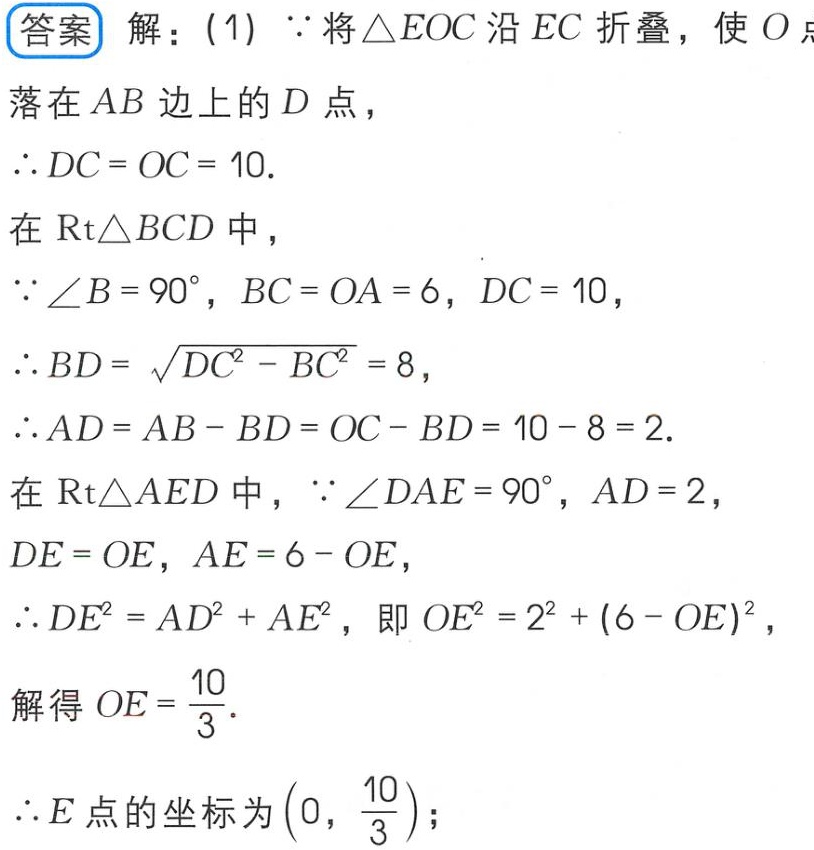
\begin{answer}解：(1) $\because$将$\triangle EOC$沿$EC$折叠，使$O$点落在$AB$边上的$D$点，
$\therefore DC = OC = 10$.
在$\mathrm{Rt}\triangle BCD$中，
$\because\angle B = 90^{\circ}$，$BC = OA = 6$，$DC = 10$，
$\therefore BD=\sqrt{DC^{2}-BC^{2}} = 8$，
$\therefore AD = AB - BD = OC - BD = 10 - 8 = 2$.
在$\mathrm{Rt}\triangle AED$中，$\because\angle DAE = 90^{\circ}$，$AD = 2$，$DE = OE$，$AE = 6 - OE$，
$\therefore DE^{2}=AD^{2}+AE^{2}$，即$OE^{2}=2^{2}+(6 - OE)^{2}$，
解得$OE=\frac{10}{3}$.
$\therefore E$点的坐标为$(0,\frac{10}{3})$；
\end{answer}